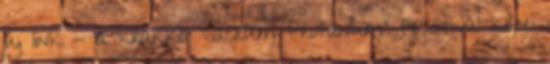
új link - a krakkói 'Sacrum Profanum' fesztivál képei